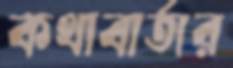
কথাবার্তার